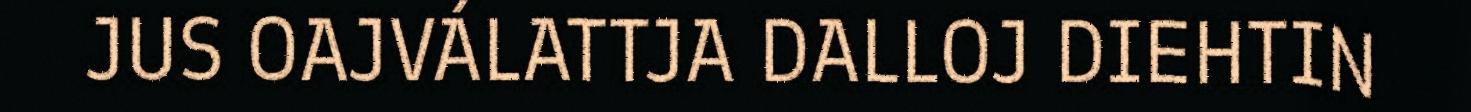
JUS OAJVÁLATTJA DALLOJ DIEHTIN